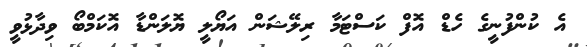
އެ ކުންފުނީގެ ހެޑް އޮފް ކަސްޓަމާ ރިލޭޝަން އަޔޯލީ ޔޮލަންޑާ އޮކަމްބޯ ވިދާޅުވީ